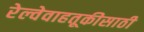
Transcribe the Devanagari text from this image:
रेल्वेवाहतूकीसाठी